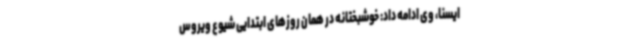
ایسنا، وی ادامه داد: خوشبختانه در همان روزهای ابتدایی شیوع ویروس